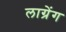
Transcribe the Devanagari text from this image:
लाग्रेंग